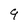
Character: 9